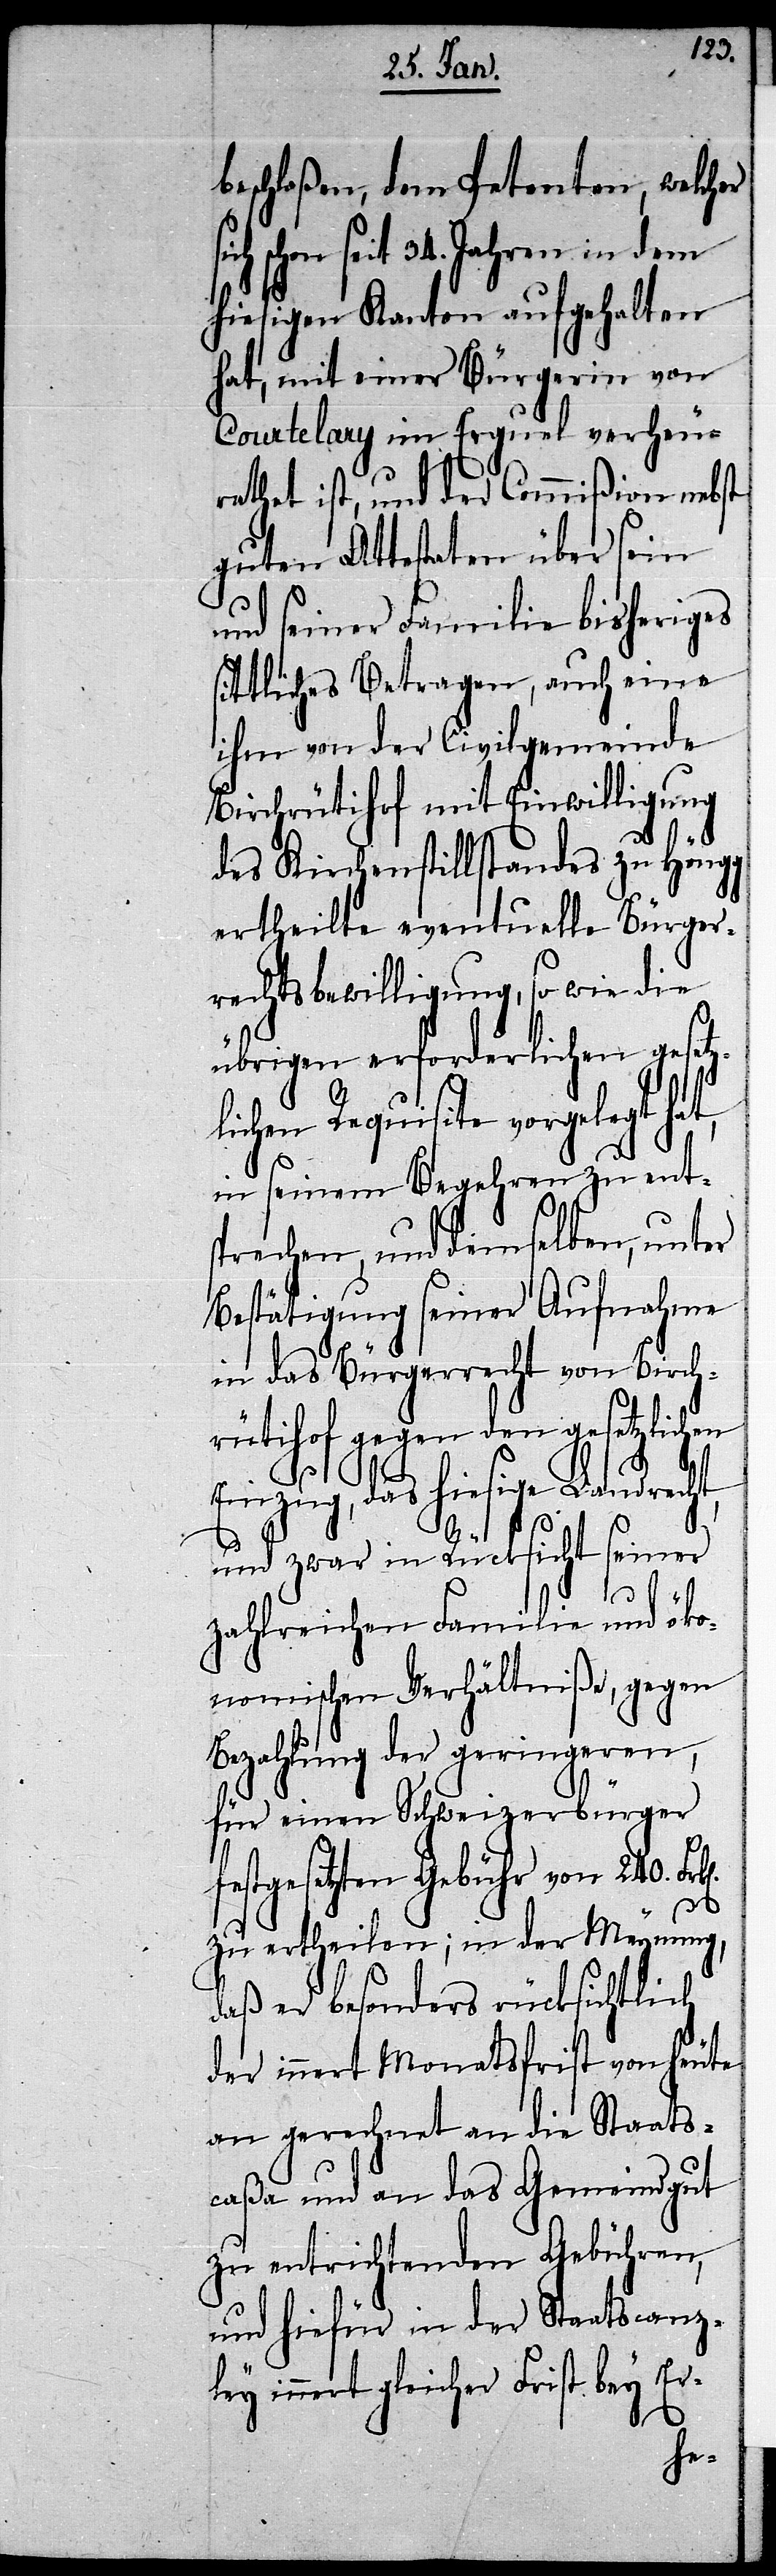
beschloßen, dem Petenten, welcher
schon seit 34. Jahren in dem
hiesigen Kanton aufgehalten
hat, mit einer Bürgerin von
Courtelary im Erguel verheu¬
rathet ist, und der Commißion nebst
guten Attestaten über sein
und seiner Familie bisheriges
sittliches Betragen, auch eine
ihm von der Civilgemeinde
Birchrütihof mit Einwilligung
t,
des Kirchenstillstandes zu Höngg
ertheilte eventuelle Bürger¬
rechtsbewilligung, so wie die
übrigen erforderlichen gesetz¬
lichen Requisite vorgelegt ha¬
in seinem Begehren zu ent¬
sprechen, und demselben, unter
Bestätigung seiner Aufnahme
in das Bürgerrecht von Birch¬
rütihof gegen den gesetzlichen
Einzug, das hiesige Landrech¬
und zwar in Rücksicht seiner
zahlreichen Familie und öko¬
nomischen Verhältniße, gegen
Bezahlung der geringeren,
für einen Schweizerbürger
festgesetzten Gebühr von 240.
zu ertheilen; in der Meynung,
daß er besonders rücksichtlich
der innert Monatsfrist von heute
an gerechnet an die Staats¬
caßa und an das Gemeindgut
zu entrichtenden Gebühren,
und hiefür in der Staatscanz¬
ley innert gleicher Frist bey Er-